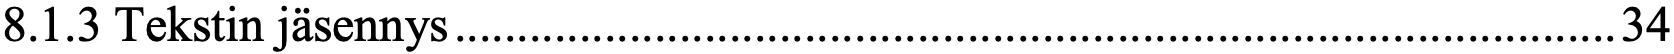
8.1.3 Tekstin jäsennys ............................................................................................. 34